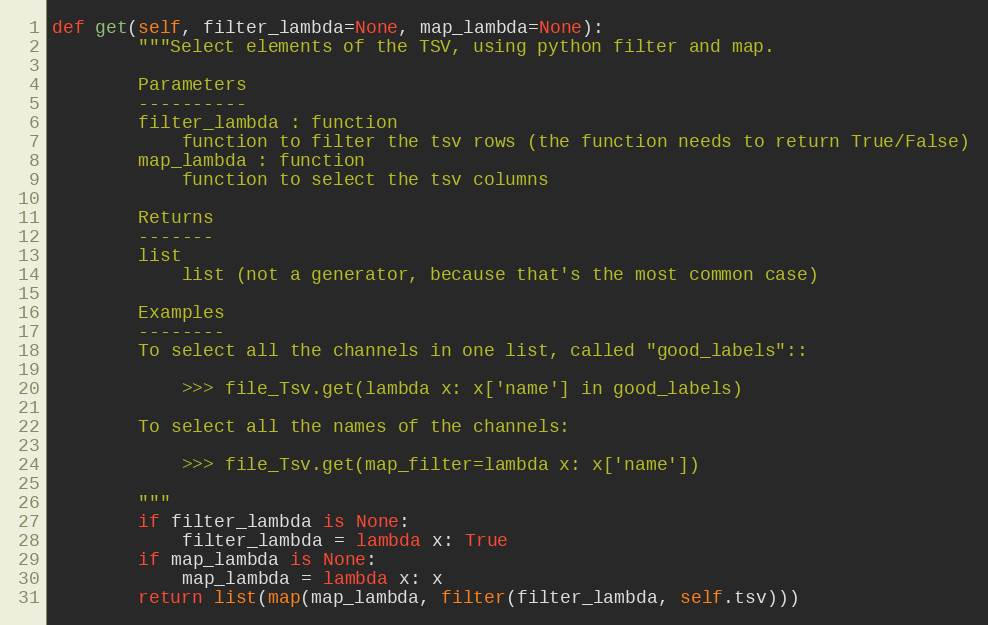
Language: Python
def get(self, filter_lambda=None, map_lambda=None):
        """Select elements of the TSV, using python filter and map.

        Parameters
        ----------
        filter_lambda : function
            function to filter the tsv rows (the function needs to return True/False)
        map_lambda : function
            function to select the tsv columns

        Returns
        -------
        list
            list (not a generator, because that's the most common case)

        Examples
        --------
        To select all the channels in one list, called "good_labels"::

            >>> file_Tsv.get(lambda x: x['name'] in good_labels)

        To select all the names of the channels:

            >>> file_Tsv.get(map_filter=lambda x: x['name'])

        """
        if filter_lambda is None:
            filter_lambda = lambda x: True
        if map_lambda is None:
            map_lambda = lambda x: x
        return list(map(map_lambda, filter(filter_lambda, self.tsv)))